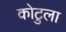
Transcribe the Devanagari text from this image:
कोटुला